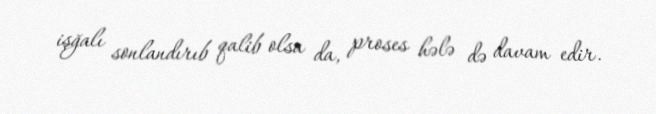
işğalı sonlandırıb qalib olsa da, proses hələ də davam edir.